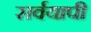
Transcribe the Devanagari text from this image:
सर्वयापी